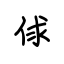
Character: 俅